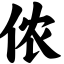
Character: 侬